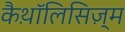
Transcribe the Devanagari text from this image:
कैथ़ॉलिसिज़्म